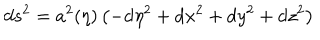
d s ^ { 2 } = a ^ { 2 } ( \eta ) \left( - \mathrm { d } \eta ^ { 2 } + \mathrm { d } x ^ { 2 } + \mathrm { d } y ^ { 2 } + \mathrm { d } z ^ { 2 } \right)